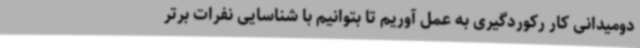
دومیدانی کار رکوردگیری به عمل آوریم تا بتوانیم با شناسایی نفرات برتر